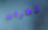
قطرات